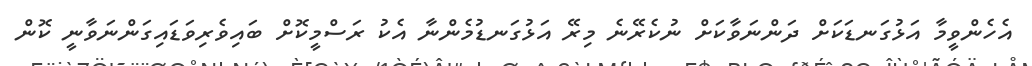
އެހެންވީމާ އަޅުގަނޑަކަށް ދަންނަވާކަށް ނުކެރޭނެ މިރޭ އަޅުގަނޑުމެންނާ އެކު ރަސްމީކޮށް ބައިވެރިވަޑައިގަންނަވާނީ ކޮން